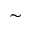
\sim